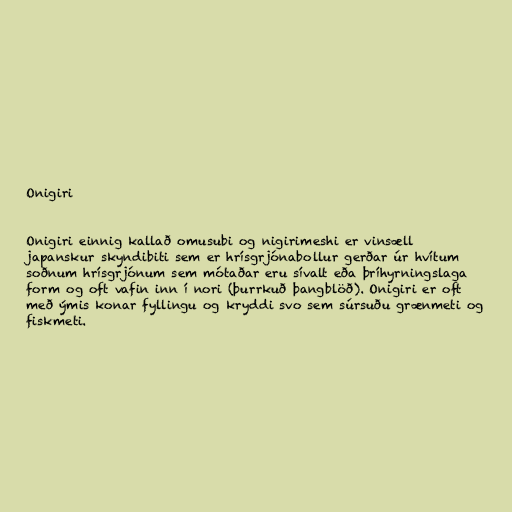
Onigiri

Onigiri einnig kallað omusubi og nigirimeshi er vinsæll
japanskur skyndibiti sem er hrísgrjónabollur gerðar úr hvítum
soðnum hrísgrjónum sem mótaðar eru sívalt eða þríhyrningslaga
form og oft vafin inn í nori (þurrkuð þangblöð). Onigiri er oft
með ýmis konar fyllingu og kryddi svo sem súrsuðu grænmeti og
fiskmeti.